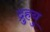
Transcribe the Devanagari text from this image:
द्रुुहयु